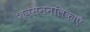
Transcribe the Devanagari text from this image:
श्वसननलिकाएँ